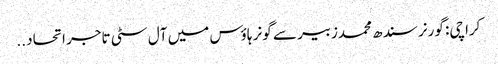
کراچی: گورنر سندھ محمدزبیر سے گونر ہاؤس میں آل سٹی تاجر اتحاد ..